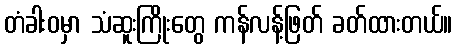
တံခါးဝမှာ သံဆူးကြိုးတွေ ကန်လန့်ဖြတ် ခတ်ထားတယ်။